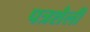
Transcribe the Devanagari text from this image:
पत्रशैली